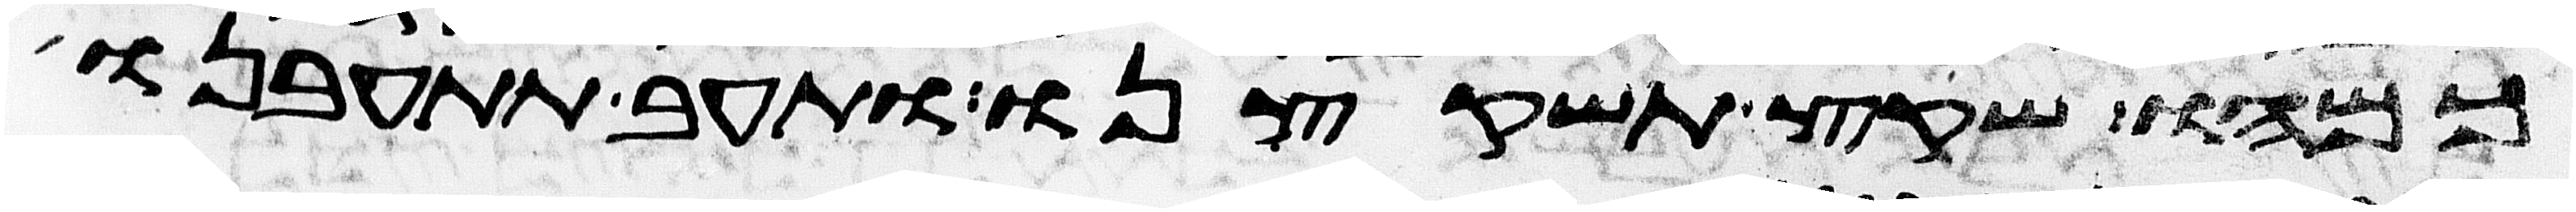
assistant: כמהו שקץ תשקצנו ותעב תתעבנו